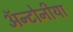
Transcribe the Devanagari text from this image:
ॲन्टोनीया